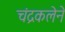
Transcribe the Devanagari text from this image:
चंद्रकलेने